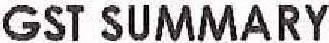
GST SUMMARY